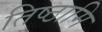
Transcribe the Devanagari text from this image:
तिष्‍ठामि